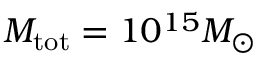
M _ { \mathrm { t o t } } = 1 0 ^ { 1 5 } M _ { \odot }